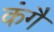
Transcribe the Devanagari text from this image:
कंगै